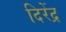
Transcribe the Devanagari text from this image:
दिरेंद्र